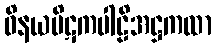
ဝိနယပိဋကပါဠိအဋ္ဌကထာ